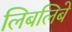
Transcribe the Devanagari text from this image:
लिबलिबे